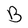
Character: B